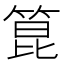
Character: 箟